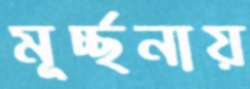
মূর্চ্ছনায়